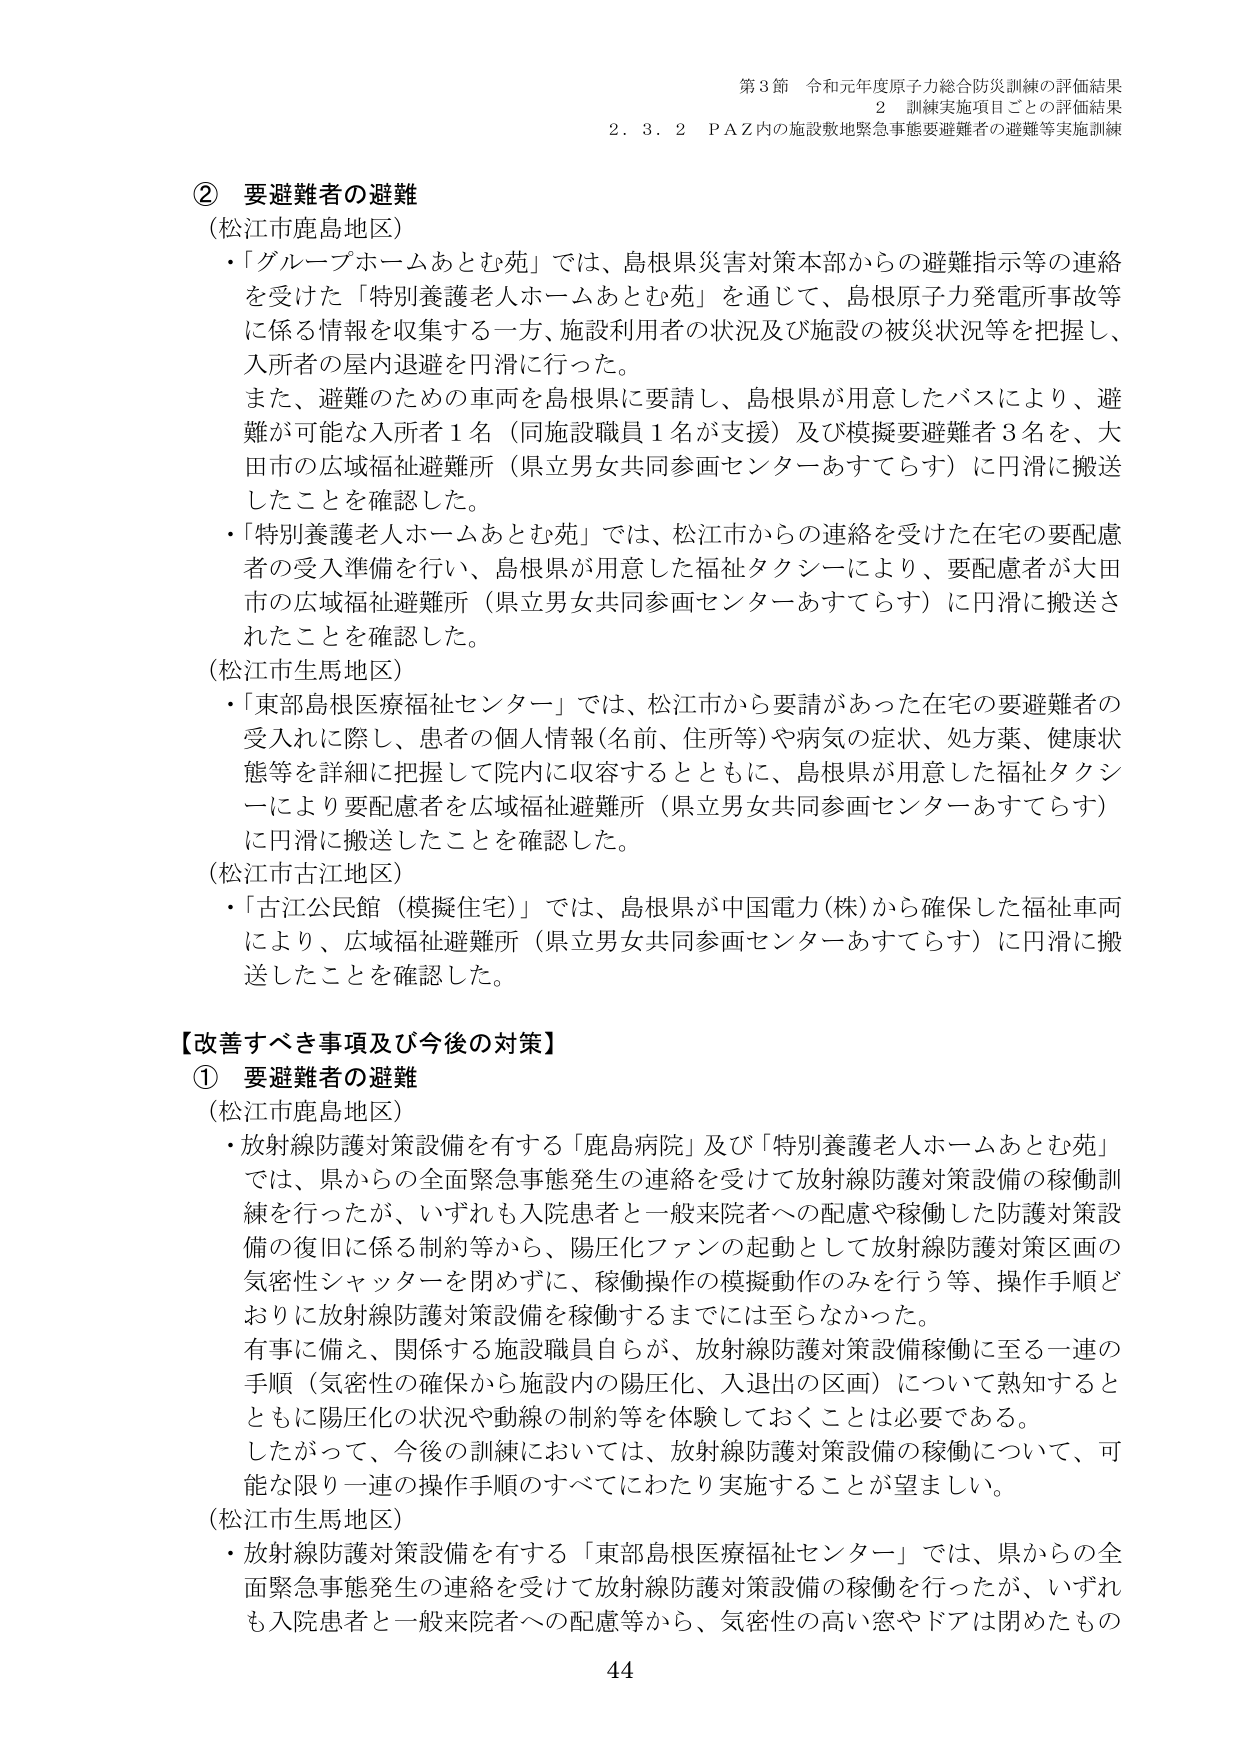
第3節 令和元年度原子力総合防災訓練の評価結果
2 訓練実施項目ごとの評価結果
2.3.2 PAZ内の施設敷地緊急事態要避難者の避難等実施訓練

② 要避難者の避難
（松江市鹿島地区）
・「グループホームあとむ苑」では、島根県災害対策本部からの避難指示等の連絡を受けた「特別養護老人ホームあとむ苑」を通じて、島根原子力発電所事故等に係る情報を収集する一方、施設利用者の状況及び施設の被災状況等を把握し、入所者の屋内退避を円滑に行った。
また、避難のための車両を島根県に要請し、島根県が用意したバスにより、避難が可能な入所者1名（同施設職員1名が支援）及び模擬要避難者3名を、大田市の広域福祉避難所（県立男女共同参画センターあすてらす）に円滑に搬送したことを確認した。
・「特別養護老人ホームあとむ苑」では、松江市からの連絡を受けた在宅の要配慮者の受入準備を行い、島根県が用意した福祉タクシーにより、要配慮者が大田市の広域福祉避難所（県立男女共同参画センターあすてらす）に円滑に搬送されたことを確認した。

（松江市生馬地区）
・「東部島根医療福祉センター」では、松江市から要請があった在宅の要避難者の受入れに際し、患者の個人情報（名前、住所等）や病気の症状、処方薬、健康状態等を詳細に把握して院内に収容するとともに、島根県が用意した福祉タクシーにより要配慮者を広域福祉避難所（県立男女共同参画センターあすてらす）に円滑に搬送したことを確認した。

（松江市古江地区）
・「古江公民館（模擬住宅）」では、島根県が中国電力（株）から確保した福祉車両により、広域福祉避難所（県立男女共同参画センターあすてらす）に円滑に搬送したことを確認した。

【改善すべき事項及び今後の対策】
① 要避難者の避難
（松江市鹿島地区）
・放射線防護対策設備を有する「鹿島病院」及び「特別養護老人ホームあとむ苑」では、県からの全面緊急事態発生の連絡を受けて放射線防護対策設備の稼働訓練を行ったが、いずれも入院患者と一般来院者への配慮や稼働した防護対策設備の復旧に係る制約等から、陽圧化ファンの起動として放射線防護対策区画の気密性シャッターを閉めずに、稼働操作の模擬動作のみを行う等、操作手順どおりに放射線防護対策設備を稼働するまでには至らなかった。
有事に備え、関係する施設職員自らが、放射線防護対策設備稼働に至る一連の手順（気密性の確保から施設内の陽圧化、入退出の区画）について熟知するとともに陽圧化の状況や動線の制約等を体験しておくことは必要である。
したがって、今後の訓練においては、放射線防護対策設備の稼働について、可能な限り一連の操作手順のすべてにわたり実施することが望ましい。

（松江市生馬地区）
・放射線防護対策設備を有する「東部島根医療福祉センター」では、県からの全面緊急事態発生の連絡を受けて放射線防護対策設備の稼働を行ったが、いずれも入院患者と一般来院者への配慮等から、気密性の高い窓やドアは閉めたもの

44